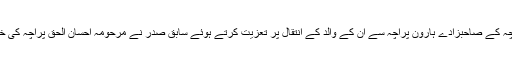
احسان الحق پراچہ کے صاحبزادے ہارون پراچہ سے ان کے والد کے انتقال پر تعزیت کرتے ہوئے سابق صدر نے مرحومہ احسان الحق پراچہ کی خدمات کو سراہا۔